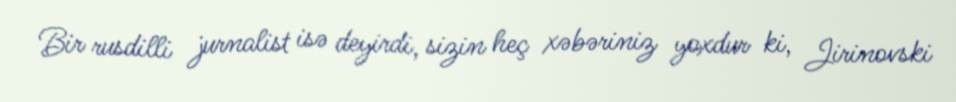
Bir rusdilli jurnalist isə deyirdi, sizin heç xəbəriniz yoxdur ki, Jirinovski